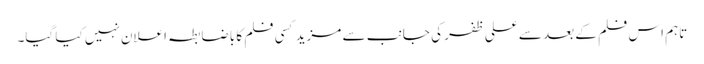
تاہم اس فلم کے بعد سے علی ظفر کی جانب سے مزید کسی فلم کا باضابطہ اعلان نہیں کیا گیا۔